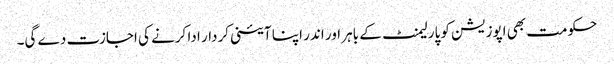
حکومت بھی اپوزیشن کو پارلیمنٹ کے باہر اور اندر اپنا آئینی کردار ادا کرنے کی اجازت دے گی۔